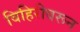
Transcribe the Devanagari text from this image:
विहिरीवरून